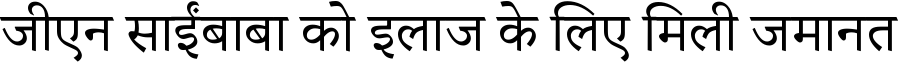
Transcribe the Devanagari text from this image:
जीएन साईंबाबा को इलाज के लिए मिली जमानत